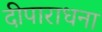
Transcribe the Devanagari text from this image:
दीपाराधना